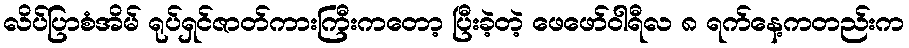
လိပ်ပြာစံအိမ် ရုပ်ရှင်ဇာတ်ကားကြီးကတော့ ပြီးခဲ့တဲ့ ဖေဖော်ဝါရီလ ၈ ရက်နေ့ကတည်းက